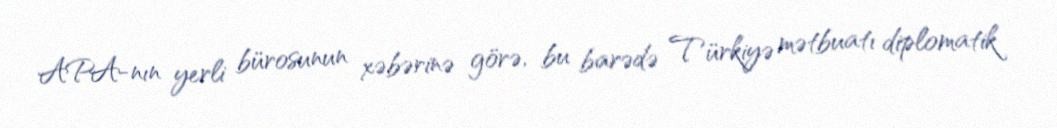
APA-nın yerli bürosunun xəbərinə görə, bu barədə Türkiyə mətbuatı diplomatik